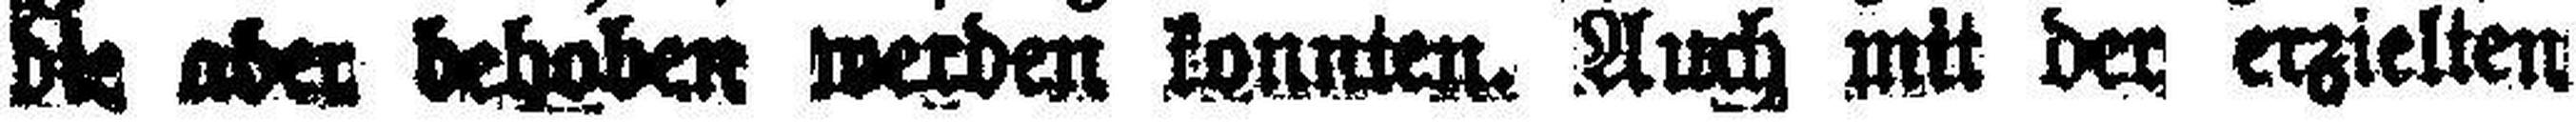
### aber behoben werden konnten. Auch mit der erzielten